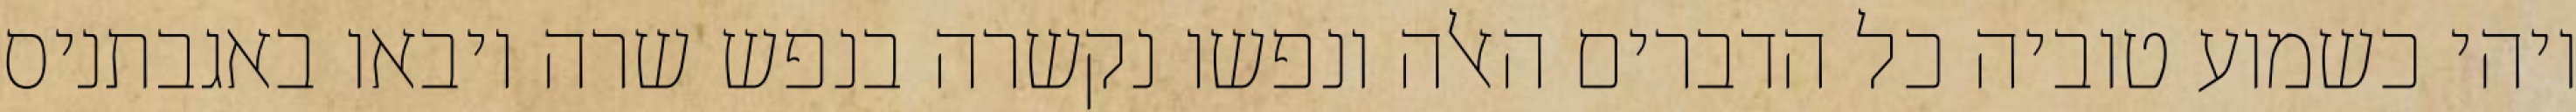
ויהי כשמוע טוביה כל הדברים האלה ונפשו נקשרה בנפש שרה ויבאו באגבתניס